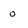
Character: o